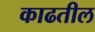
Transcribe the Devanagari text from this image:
काढतील